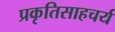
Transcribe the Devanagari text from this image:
प्रकृतिसाहचर्य